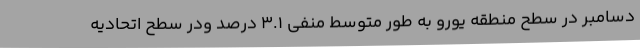
دسامبر در سطح منطقه یورو به طور متوسط منفی 3.1 درصد ودر سطح اتحادیه